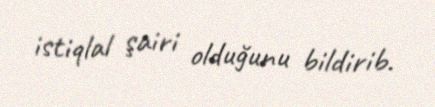
istiqlal şairi olduğunu bildirib.